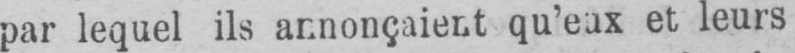
par lequel ils annonçaient qu’eux et leurs